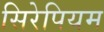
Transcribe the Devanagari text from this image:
सिरेपियम